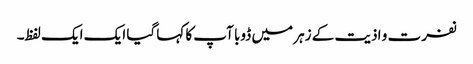
نفرت و اذیت کے زہر میں ڈوبا آپ کا کہا گیا ایک ایک لفظ۔